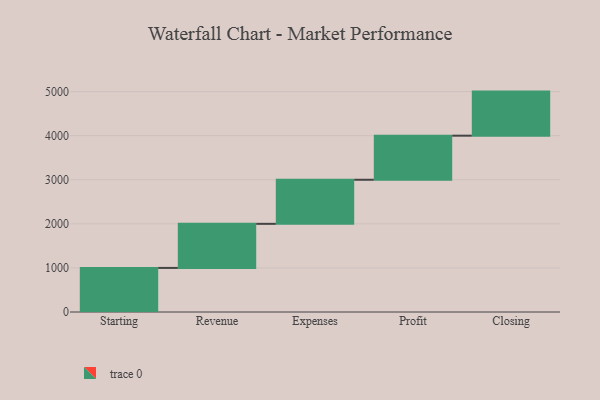
{"axis": {"x": "Step", "y": "Value"}, "legend": [""], "data": [{"x": "Starting", "y": 1000, "type": ""}, {"x": "Revenue", "y": 1000, "type": ""}, {"x": "Expenses", "y": 1000, "type": ""}, {"x": "Profit", "y": 1000, "type": ""}, {"x": "Closing", "y": 1000, "type": ""}]}